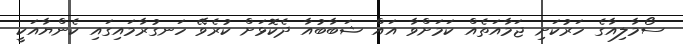
ސޯމާލިއާގެ ހަރުކަށި ޖަމާއަތެއް ކަމަށްވާ އައް ޝަބާބުއާ ދެކޮޅަށް ކުރެވޭ ހަނގުރާމައިގައި ކެންޔާއަކީ